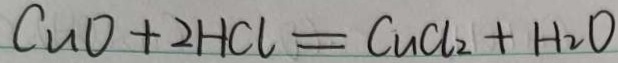
C u O + 2 H C l = C u C l _ { 2 } + H _ { 2 } O